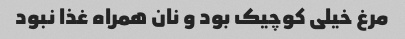
مرغ خیلی کوچیک بود و نان همراه غذا نبود